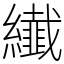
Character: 纎